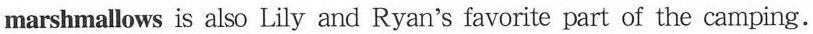
marshmallows is also Lily and Ryan's favorite part of the camping.